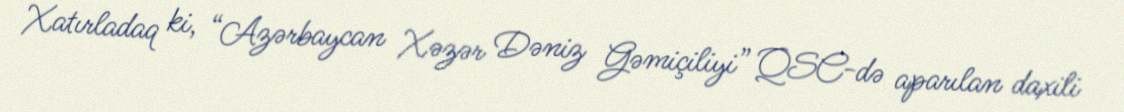
Xatırladaq ki, “Azərbaycan Xəzər Dəniz Gəmiçiliyi” QSC-də aparılan daxili